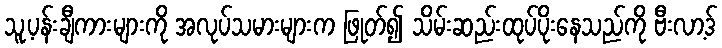
သူ့ပန်းချီကားများကို အလုပ်သမားများက ဖြုတ်၍ သိမ်းဆည်းထုပ်ပိုးနေသည်ကို ဗီးလာ့ဒ်